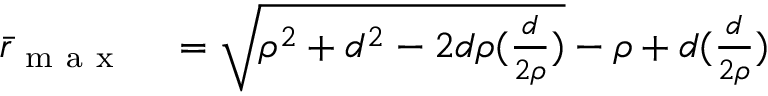
\begin{array} { r l } { \bar { r } _ { \mathrm { ~ m ~ a ~ x ~ } } } & { { } = \sqrt { \rho ^ { 2 } + d ^ { 2 } - 2 d \rho ( \frac { d } { 2 \rho } ) } - \rho + d ( \frac { d } { 2 \rho } ) } \end{array}